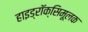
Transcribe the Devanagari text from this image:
हाइड्रॉक्सिमूलक